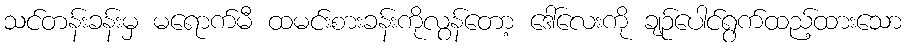
သင်တန်းခန်းမှ မရောက်မီ ထမင်းစားခန်းကိုလွန်တော့ ဒေါ်လေးကို ချဉ်ပေါင်ရွက်ထည့်ထားသော